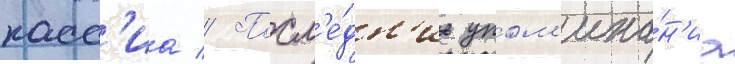
касс'иа // Посл'е́дн'ие упом'ина́н'иа